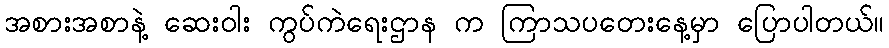
အစားအစာနဲ့ ဆေးဝါး ကွပ်ကဲရေးဌာန က ကြာသပတေးနေ့မှာ ပြောပါတယ်။